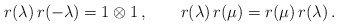
\begin{align*} r(\lambda) \, r(-\lambda) = 1 \otimes 1 \,, \qquad r(\lambda) \, r(\mu) = r(\mu) \, r(\lambda) \,.\end{align*}